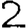
Digit: 2